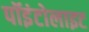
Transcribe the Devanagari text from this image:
पॉइंटोलाइट